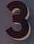
3